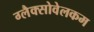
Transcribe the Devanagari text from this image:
ग्लैक्सोवेलकम